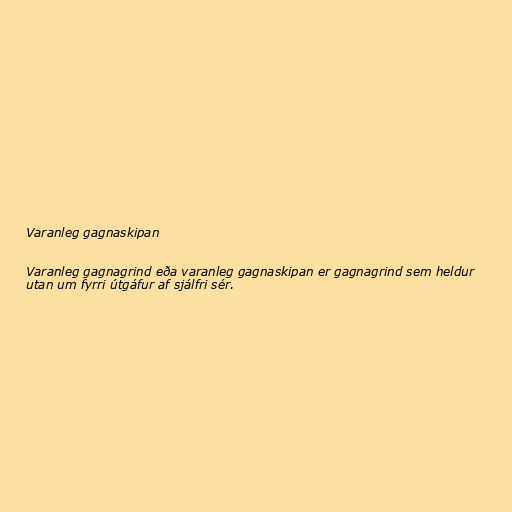
Varanleg gagnaskipan

Varanleg gagnagrind eða varanleg gagnaskipan er gagnagrind sem heldur
utan um fyrri útgáfur af sjálfri sér.